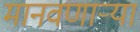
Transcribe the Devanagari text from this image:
मानवणाऱ्या